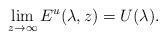
LaTeX: \begin{align*}\lim\limits_{z\rightarrow\infty}E^u(\lambda,z)=U(\lambda).\end{align*}